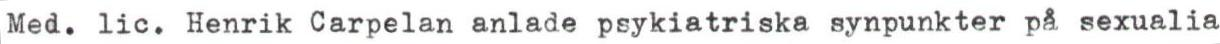
Med. lic. Henrik Carpelan anlade psykiatriska synpunkter på sexualia